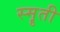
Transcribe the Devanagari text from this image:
स्मॄती